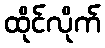
ထိုင်လိုက်